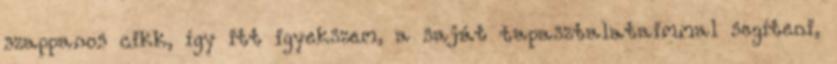
szappanos cikk, így itt igyekszem, a saját tapasztalataimmal segíteni,